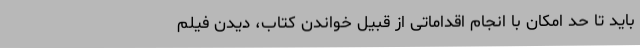
باید تا حد امکان با انجام اقداماتی از قبیل خواندن کتاب، دیدن فیلم